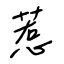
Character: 惹